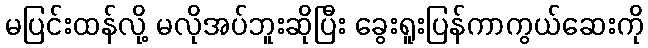
မပြင်းထန်လို့ မလိုအပ်ဘူးဆိုပြီး ခွေးရူးပြန်ကာကွယ်ဆေးကို